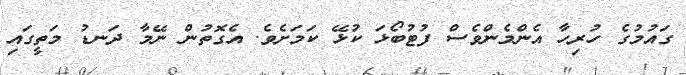
ގައުމުގެ ހުރިހާ އެންމެންވެސް ފުޓުބޯޅަ ކުޅޭ ކަމަށެވެ. އެގޮތުން ނޭމާ ދަނޑު މަތީގައި